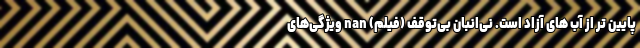
پایین تر از آب های آزاد است. نی‌انبان بی‌توقف (فیلم) nan ویژگی‌های